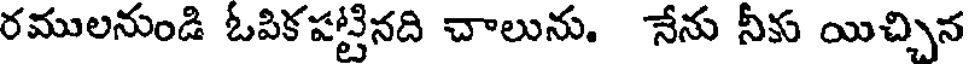
రములనుండి ఓపికపట్టినది చాలును. నేను నీకు యిచ్చిన